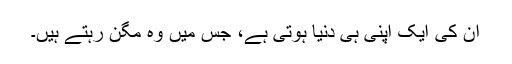
ان کی ایک اپنی ہی دنیا ہوتی ہے، جس میں وہ مگن رہتے ہیں۔